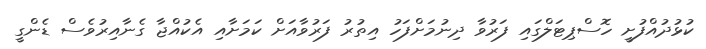
ކުޅުދުއްފުށީ ހޮސްޕިޓަލްގައި ފަރުވާ ދިނުމަށްފަހު އިތުރު ފަރުވާއަށް ކަމަށާއި އެކުއްޖާ ގެނާއިރުވެސް ޑެންގީ